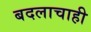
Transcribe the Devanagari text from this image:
बदलाचाही